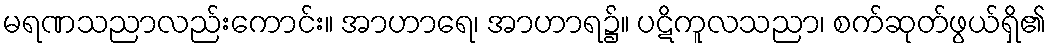
မရဏသညာလည်းကောင်း။ အာဟာရေ၊ အာဟာရ၌။ ပဋိကူလသညာ၊ စက်ဆုတ်ဖွယ်ရှိ၏